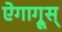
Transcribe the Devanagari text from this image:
ऐगाग्रूस्